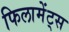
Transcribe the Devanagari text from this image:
फिलामेंट्स